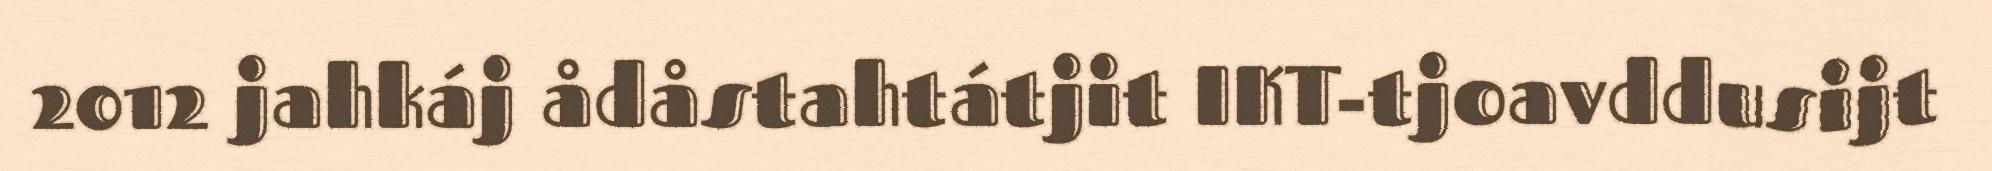
2012 jahkáj ådåstahtátjit IKT-tjoavddusijt